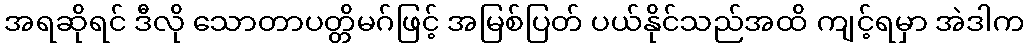
အရဆိုရင် ဒီလို သောတာပတ္တိမဂ်ဖြင့် အမြစ်ပြတ် ပယ်နိုင်သည်အထိ ကျင့်ရမှာ အဲဒါက